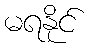
မရနိုင်